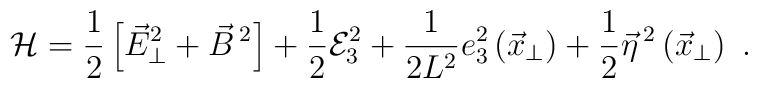
{\cal H}  = \frac{1}{2}\left[  \vec{E}_{\bot}^{2}  + \vec{B}\,^{2}\right]+\frac{1}{2}{\cal E}_{3}^{2}+ \frac{1}{2 L^{2}}e_{3}^{2}\left(\vec{x}_{\perp}\right)+ \frac{1}{2}\vec{\eta} \,^{2}\left(\vec{x}_{\perp}\right) \ .